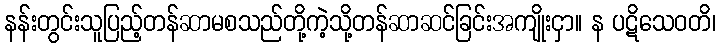
နန်းတွင်းသူပြည့်တန်ဆာမစသည်တို့ကဲ့သို့တန်ဆာဆင်ခြင်းအကျိုးငှာ။ န ပဋိသေဝတိ၊